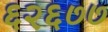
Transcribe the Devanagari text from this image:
६२६७७